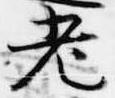
老